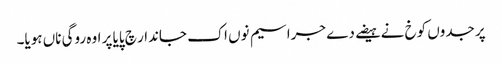
پر جدوں کوخ نے ہیضے دے جراسیم نوں اک جاندار چ پایا پر اوہ روگی ناں ہویا۔